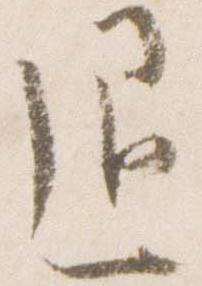
退